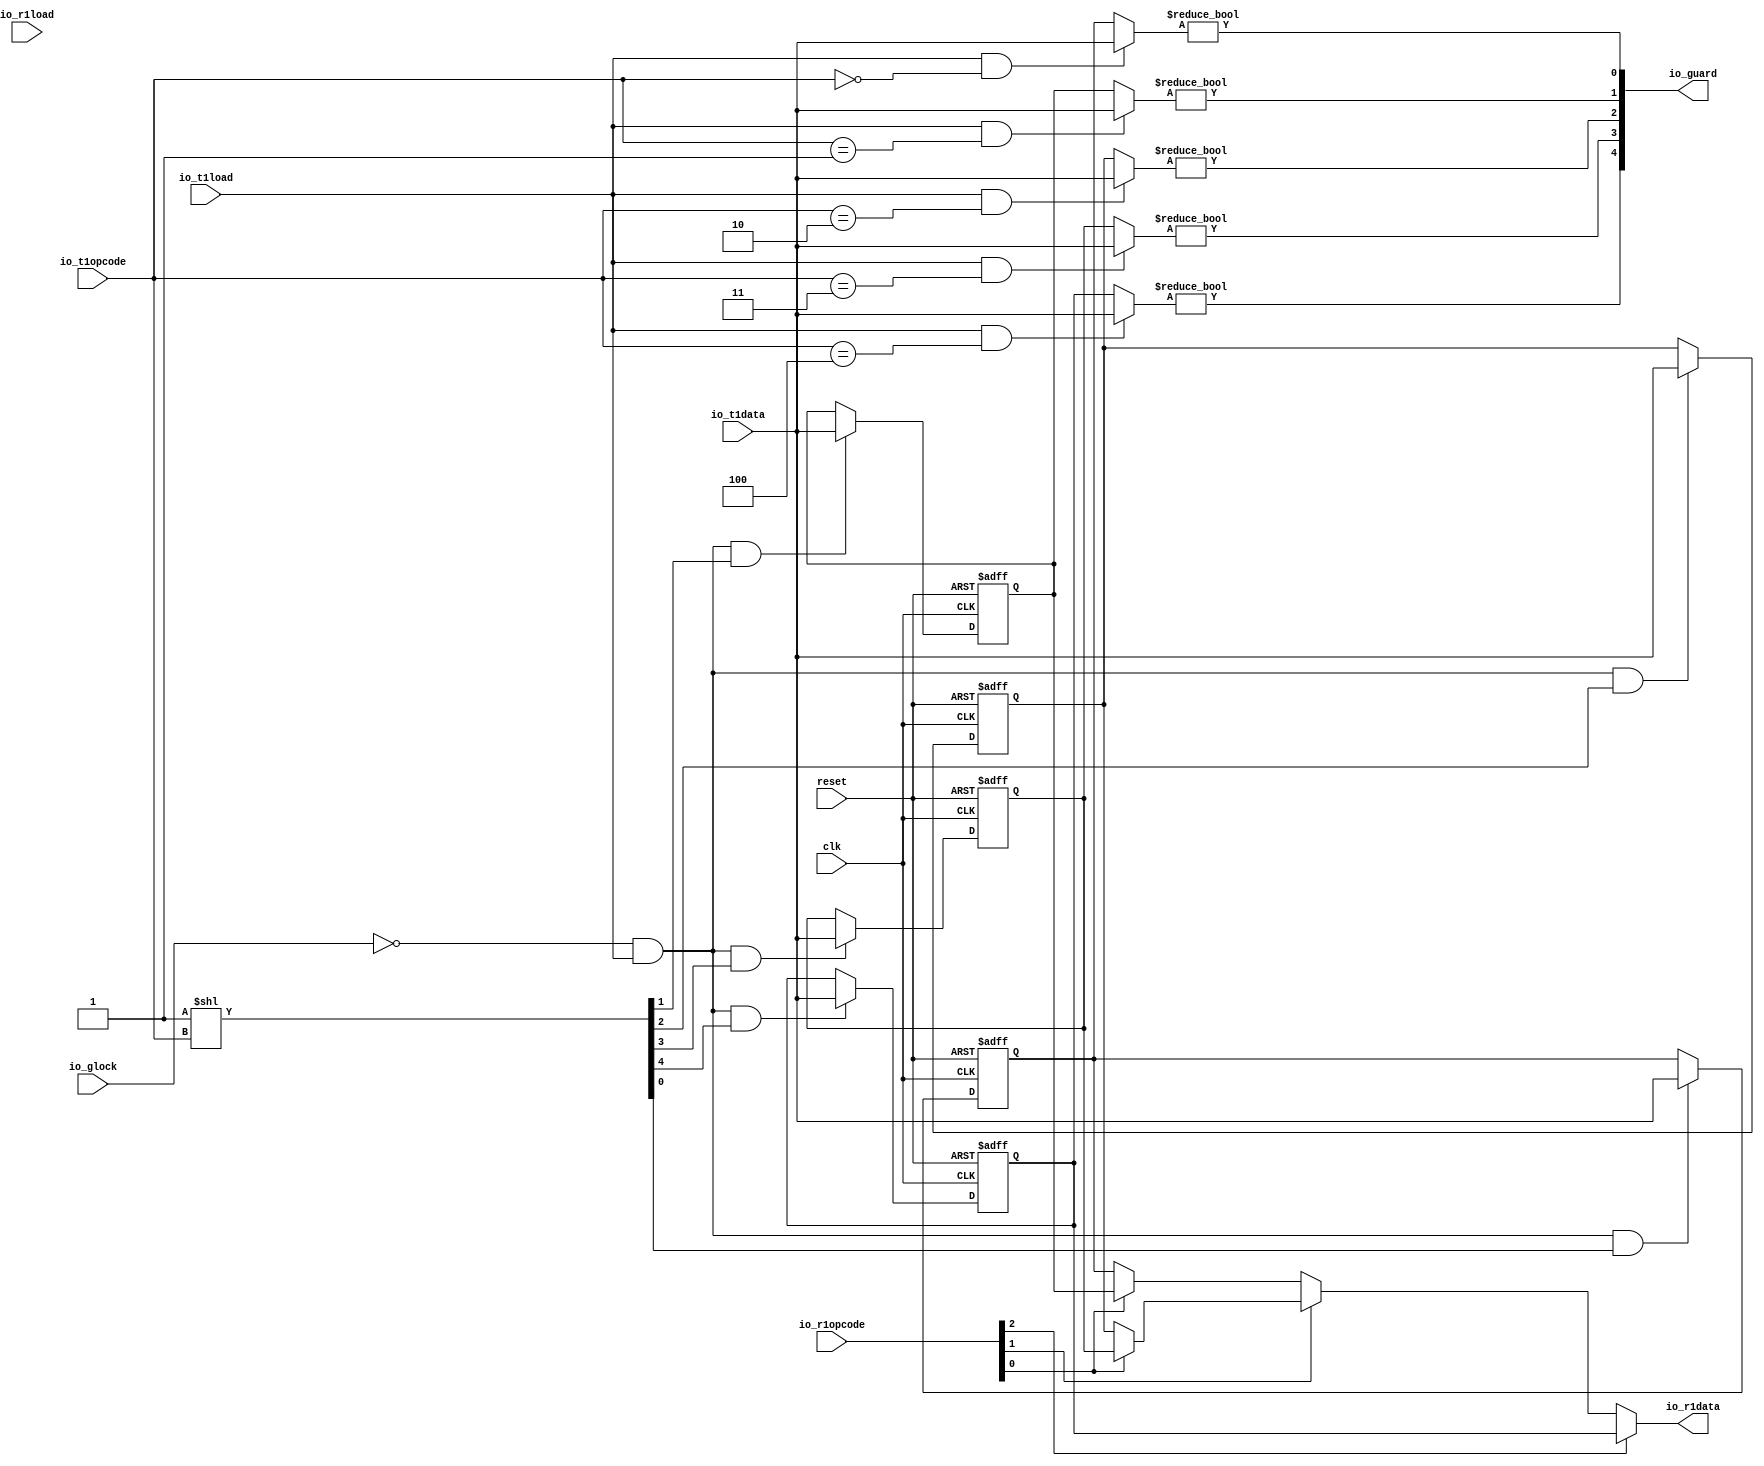
module rf_1wr_1rd_always_1_guarded_0_32b_5e(input clk, input reset,
    input  io_glock,
    input  io_r1load,
    input [2:0] io_r1opcode,
    input [31:0] io_t1data,
    input  io_t1load,
    input [2:0] io_t1opcode,
    output[31:0] io_r1data,
    output[4:0] io_guard
);

  wire[4:0] T0;
  wire[4:0] T1;
  wire[2:0] T2;
  wire[1:0] T3;
  wire guard_0;
  wire[31:0] T4;
  reg [31:0] rf_0;
  wire[31:0] T48;
  wire[31:0] T5;
  wire T6;
  wire T7;
  wire[7:0] T8;
  wire[2:0] T9;
  wire T10;
  wire T11;
  wire T12;
  wire T13;
  wire guard_1;
  wire[31:0] T14;
  reg [31:0] rf_1;
  wire[31:0] T49;
  wire[31:0] T15;
  wire T16;
  wire T17;
  wire T18;
  wire T19;
  wire guard_2;
  wire[31:0] T20;
  reg [31:0] rf_2;
  wire[31:0] T50;
  wire[31:0] T21;
  wire T22;
  wire T23;
  wire T24;
  wire T25;
  wire[1:0] T26;
  wire guard_3;
  wire[31:0] T27;
  reg [31:0] rf_3;
  wire[31:0] T51;
  wire[31:0] T28;
  wire T29;
  wire T30;
  wire T31;
  wire T32;
  wire guard_4;
  wire[31:0] T33;
  reg [31:0] rf_4;
  wire[31:0] T52;
  wire[31:0] T34;
  wire T35;
  wire T36;
  wire T37;
  wire T38;
  wire[31:0] T39;
  wire[31:0] T40;
  wire[31:0] T41;
  wire T42;
  wire[2:0] T43;
  wire[31:0] T44;
  wire T45;
  wire T46;
  wire T47;

`ifndef SYNTHESIS
// synthesis translate_off
  integer initvar;
  initial begin
    #0.002;
    rf_0 = {1{$random}};
    rf_1 = {1{$random}};
    rf_2 = {1{$random}};
    rf_3 = {1{$random}};
    rf_4 = {1{$random}};
  end
// synthesis translate_on
`endif

  assign io_guard = T0;
  assign T0 = T1;
  assign T1 = {T26, T2};
  assign T2 = {guard_2, T3};
  assign T3 = {guard_1, guard_0};
  assign guard_0 = T4 != 32'h0;
  assign T4 = T12 ? io_t1data : rf_0;
  assign T48 = reset ? 32'h0 : T5;
  assign T5 = T6 ? io_t1data : rf_0;
  assign T6 = T10 & T7;
  assign T7 = T8[1'h0:1'h0];
  assign T8 = 1'h1 << T9;
  assign T9 = io_t1opcode;
  assign T10 = T11 & io_t1load;
  assign T11 = io_glock ^ 1'h1;
  assign T12 = io_t1load & T13;
  assign T13 = io_t1opcode == 3'h0;
  assign guard_1 = T14 != 32'h0;
  assign T14 = T18 ? io_t1data : rf_1;
  assign T49 = reset ? 32'h0 : T15;
  assign T15 = T16 ? io_t1data : rf_1;
  assign T16 = T10 & T17;
  assign T17 = T8[1'h1:1'h1];
  assign T18 = io_t1load & T19;
  assign T19 = io_t1opcode == 3'h1;
  assign guard_2 = T20 != 32'h0;
  assign T20 = T24 ? io_t1data : rf_2;
  assign T50 = reset ? 32'h0 : T21;
  assign T21 = T22 ? io_t1data : rf_2;
  assign T22 = T10 & T23;
  assign T23 = T8[2'h2:2'h2];
  assign T24 = io_t1load & T25;
  assign T25 = io_t1opcode == 3'h2;
  assign T26 = {guard_4, guard_3};
  assign guard_3 = T27 != 32'h0;
  assign T27 = T31 ? io_t1data : rf_3;
  assign T51 = reset ? 32'h0 : T28;
  assign T28 = T29 ? io_t1data : rf_3;
  assign T29 = T10 & T30;
  assign T30 = T8[2'h3:2'h3];
  assign T31 = io_t1load & T32;
  assign T32 = io_t1opcode == 3'h3;
  assign guard_4 = T33 != 32'h0;
  assign T33 = T37 ? io_t1data : rf_4;
  assign T52 = reset ? 32'h0 : T34;
  assign T34 = T35 ? io_t1data : rf_4;
  assign T35 = T10 & T36;
  assign T36 = T8[3'h4:3'h4];
  assign T37 = io_t1load & T38;
  assign T38 = io_t1opcode == 3'h4;
  assign io_r1data = T39;
  assign T39 = T47 ? rf_4 : T40;
  assign T40 = T46 ? T44 : T41;
  assign T41 = T42 ? rf_1 : rf_0;
  assign T42 = T43[1'h0:1'h0];
  assign T43 = io_r1opcode;
  assign T44 = T45 ? rf_3 : rf_2;
  assign T45 = T43[1'h0:1'h0];
  assign T46 = T43[1'h1:1'h1];
  assign T47 = T43[2'h2:2'h2];
  always @(posedge clk or negedge reset) begin
    if(!reset) begin
      rf_0 <= 32'h0;
    end else if(T6) begin
      rf_0 <= io_t1data;
    end
  end
  always @(posedge clk or negedge reset) begin
    if(!reset) begin
      rf_1 <= 32'h0;
    end else if(T16) begin
      rf_1 <= io_t1data;
    end
  end
  always @(posedge clk or negedge reset) begin
    if(!reset) begin
      rf_2 <= 32'h0;
    end else if(T22) begin
      rf_2 <= io_t1data;
    end
  end
  always @(posedge clk or negedge reset) begin
    if(!reset) begin
      rf_3 <= 32'h0;
    end else if(T29) begin
      rf_3 <= io_t1data;
    end
  end
  always @(posedge clk or negedge reset) begin
    if(!reset) begin
      rf_4 <= 32'h0;
    end else if(T35) begin
      rf_4 <= io_t1data;
    end
  end
endmodule